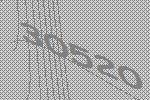
30520